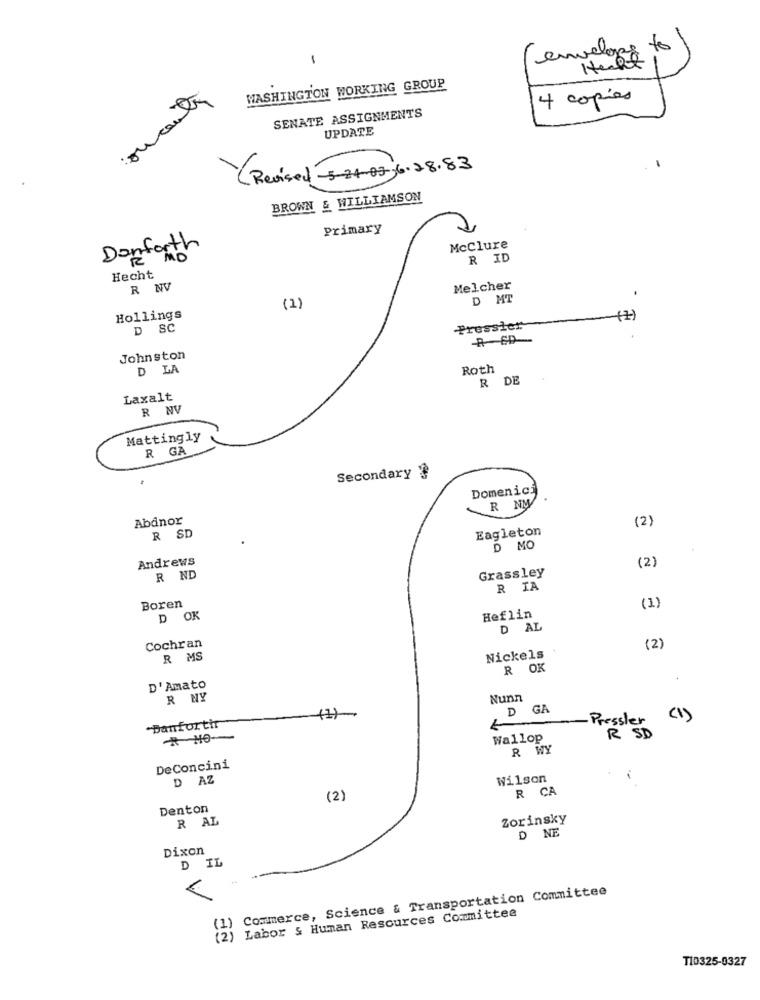
to
-
envelope
Helt
WASHINGTON WORKING GROUP
oucante
4 copias
SENATE ASSIGNMENTS
UPDATE
(Revised -5-24-02,6.28.83
BROWN & WILLIAMSON
Primary
Danforth
Mcclure
R ID
Hecht
R NV
Melcher
D MT
(1)
Hollings
D SC
Pressler
R CD-
Johnston
D LA
Roth
R DE
Laxalt
R NV
Mattingly
R GA
Secondary ?
Domenici
R NN
Abdnor
(2)
Eagleton
R SD
D MO
Andrews
Grassley
(2)
R ND
R IA
Boren
(1)
D OK
Heflin
D AL
Cochran
(2)
R MS
Nickels
R OK
D'Amato
R MY
Nunn
D GA
"Danfortir
(1)
- Pressler
* HO --
Wallop
R SD
R WY
DeConcini
D AZ
Wilson
R CA
(2)
Denton
R AL
Zorinsky
D NE
Dixon
D IL
Commerce, Science & Transportation Committee
1./
Labor & Human Resources Committee
T10325-0327